Indian journal of veterinary science and animal husbandry - Volume 8,
Year: 1938
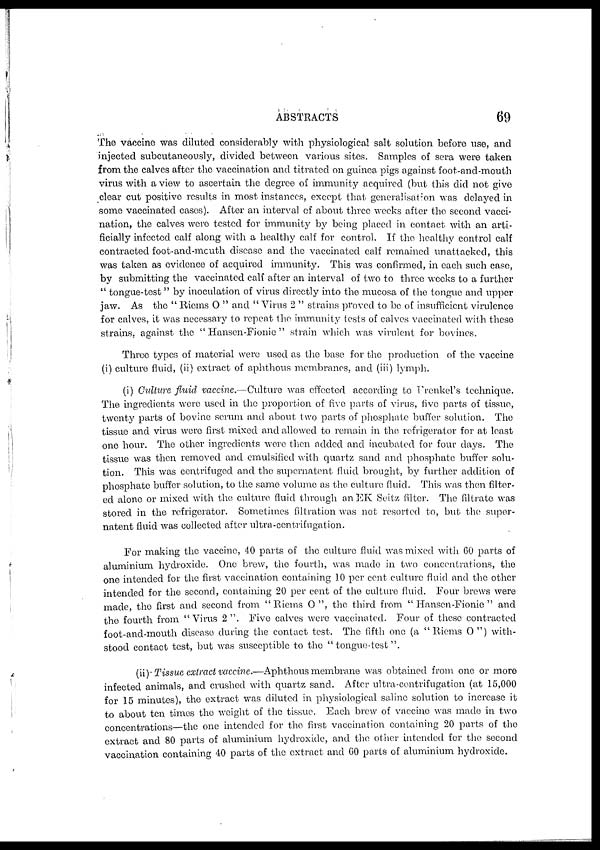
ABSTRACTS
69
The vaccine was diluted considerably with physiological salt solution before use, and
injected subcutaneously, divided between various sites. Samples of sera were taken
from the calves after the vaccination and titrated on guinea pigs against foot-and-mouth
virus with a view to ascertain the degree of immunity acquired (but this did not give
clear cut positive results in most instances, except that generalisation was delayed in
some vaccinated cases). After an interval of about three weeks after the second vacci-
nation, the calves were tested for immunity by being placed in contact with an arti-
ficially infected calf along with a healthy calf for control. If the healthy control calf
contracted foot-and-mouth disease and the vaccinated calf remained unattacked, this
was taken as evidence of acquired immunity. This was confirmed, in each such case,
by submitting the vaccinated calf after an interval of two to three weeks to a further
" tongue-test " by inoculation of virus directly into the mucosa of the tongue and upper
jaw. As the " Riems O " and " Virus 2 " strains proved to be of insufficient virulence
for calves, it was necessary to repeat the immunity tests of calves vaccinated with these
strains, against the " Hansen-Fionie " strain which was virulent for bovines.
Three types of material were used as the base for the production of the vaccine
(i) culture fluid, (ii) extract of aphthous membranes, and (iii) lymph.
(i) Culture fluid vaccine.—Culture was effected according to Frenkel's technique.
The ingredients were used in the proportion of five parts of virus, five parts of tissue,
twenty parts of bovine serum and about two parts of phosphate buffer solution. The
tissue and virus were first mixed and allowed to remain in the refrigerator for at least
one hour. The other ingredients were then added and incubated for four days. The
tissue was then removed and emulsified with quartz sand and phosphate buffer solu-
tion. This was centrifuged and the supernatent fluid brought, by further addition of
phosphate buffer solution, to the same volume as the culture fluid. This was then filter-
ed alone or mixed with the culture fluid through an EK Seitz filter. The filtrate was
stored in the refrigerator. Sometimes filtration was not resorted to, but the super-
natent fluid was collected after ultra-centrifugation.
For making the vaccine, 40 parts of the culture fluid was mixed with 60 parts of
aluminium hydroxide. One brew, the fourth, was made in two concentrations, the
one intended for the first vaccination containing 10 per cent culture fluid and the other
intended for the second, containing 20 per cent of the culture fluid. Four brews were
made, the first and second from " Riems O ", the third from " Hansen -Fionie " and
the fourth from " Virus 2 ". Five calves were vaccinated. Four of these contracted
foot-and-mouth disease during the contact test. The fifth one (a " Riems O ") with-
stood contact test, but was susceptible to the " tongue-test ".
(ii) Tissue extract vaccine.—Aphthous membrane was obtained from one or more
infected animals, and crushed with quartz sand. After ultra-centrifugation (at 15,000
for 15 minutes), the extract was diluted in physiological saline solution to increase it
to about ten times the weight of the tissue. Each brew of vaccine was made in two
concentrations—the one intended for the first vaccination containing 20 parts of the
extract and 80 parts of aluminium hydroxide, and the other intended for the second
vaccination containing 40 parts of the extract and 60 parts of aluminium hydroxide.